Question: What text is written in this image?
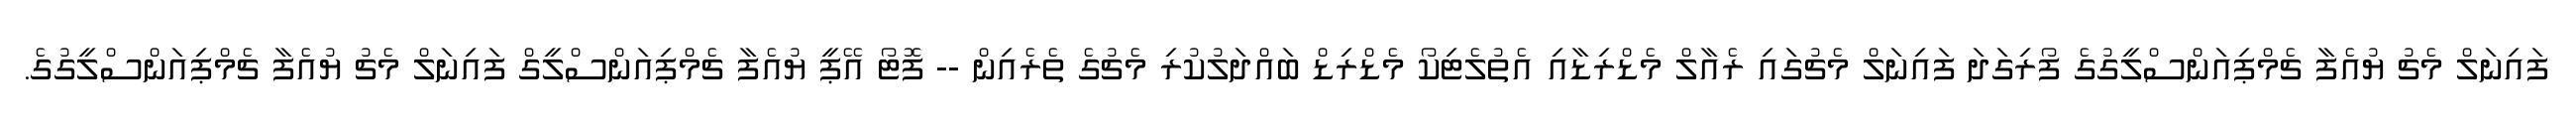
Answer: ފައިނަލް މެޗު ޔުއެފާ ޗެމްޕިއަންސްލީގުގެ ފޯރިގަދަ ފައިނަލް މެޗުގައި ރެއާލް މެޑްރިޑާއި އެތުލެޓިކޯ މެޑްރިޑް ބައްދަލުކުރި މެޗުގެ ތެރެއިން -- ފޮޓޯ އޭޕީ ޔުއެފާ ޗެމްޕިއަންސްލީގް ފައިނަލް މެޗު ޔުއެފާ ޗެމްޕިއަންސްލީގުގެ.